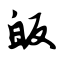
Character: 皈